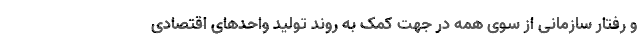
و رفتار سازمانی از سوی همه در جهت کمک به‌ روند تولید واحدهای اقتصادی